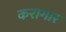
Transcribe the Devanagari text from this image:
करागार